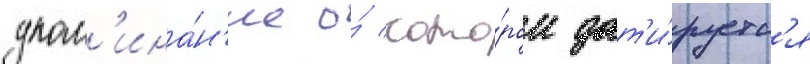
упом'ина́н'ие о́ кото́ром дат'и́руетс'я